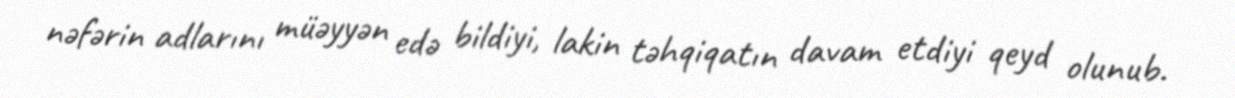
nəfərin adlarını müəyyən edə bildiyi, lakin təhqiqatın davam etdiyi qeyd olunub.